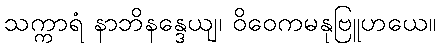
သက္ကာရံ နာဘိနန္ဒေယျ၊ ဝိဝေကမနုဗြူဟယေ။